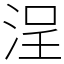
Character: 浧